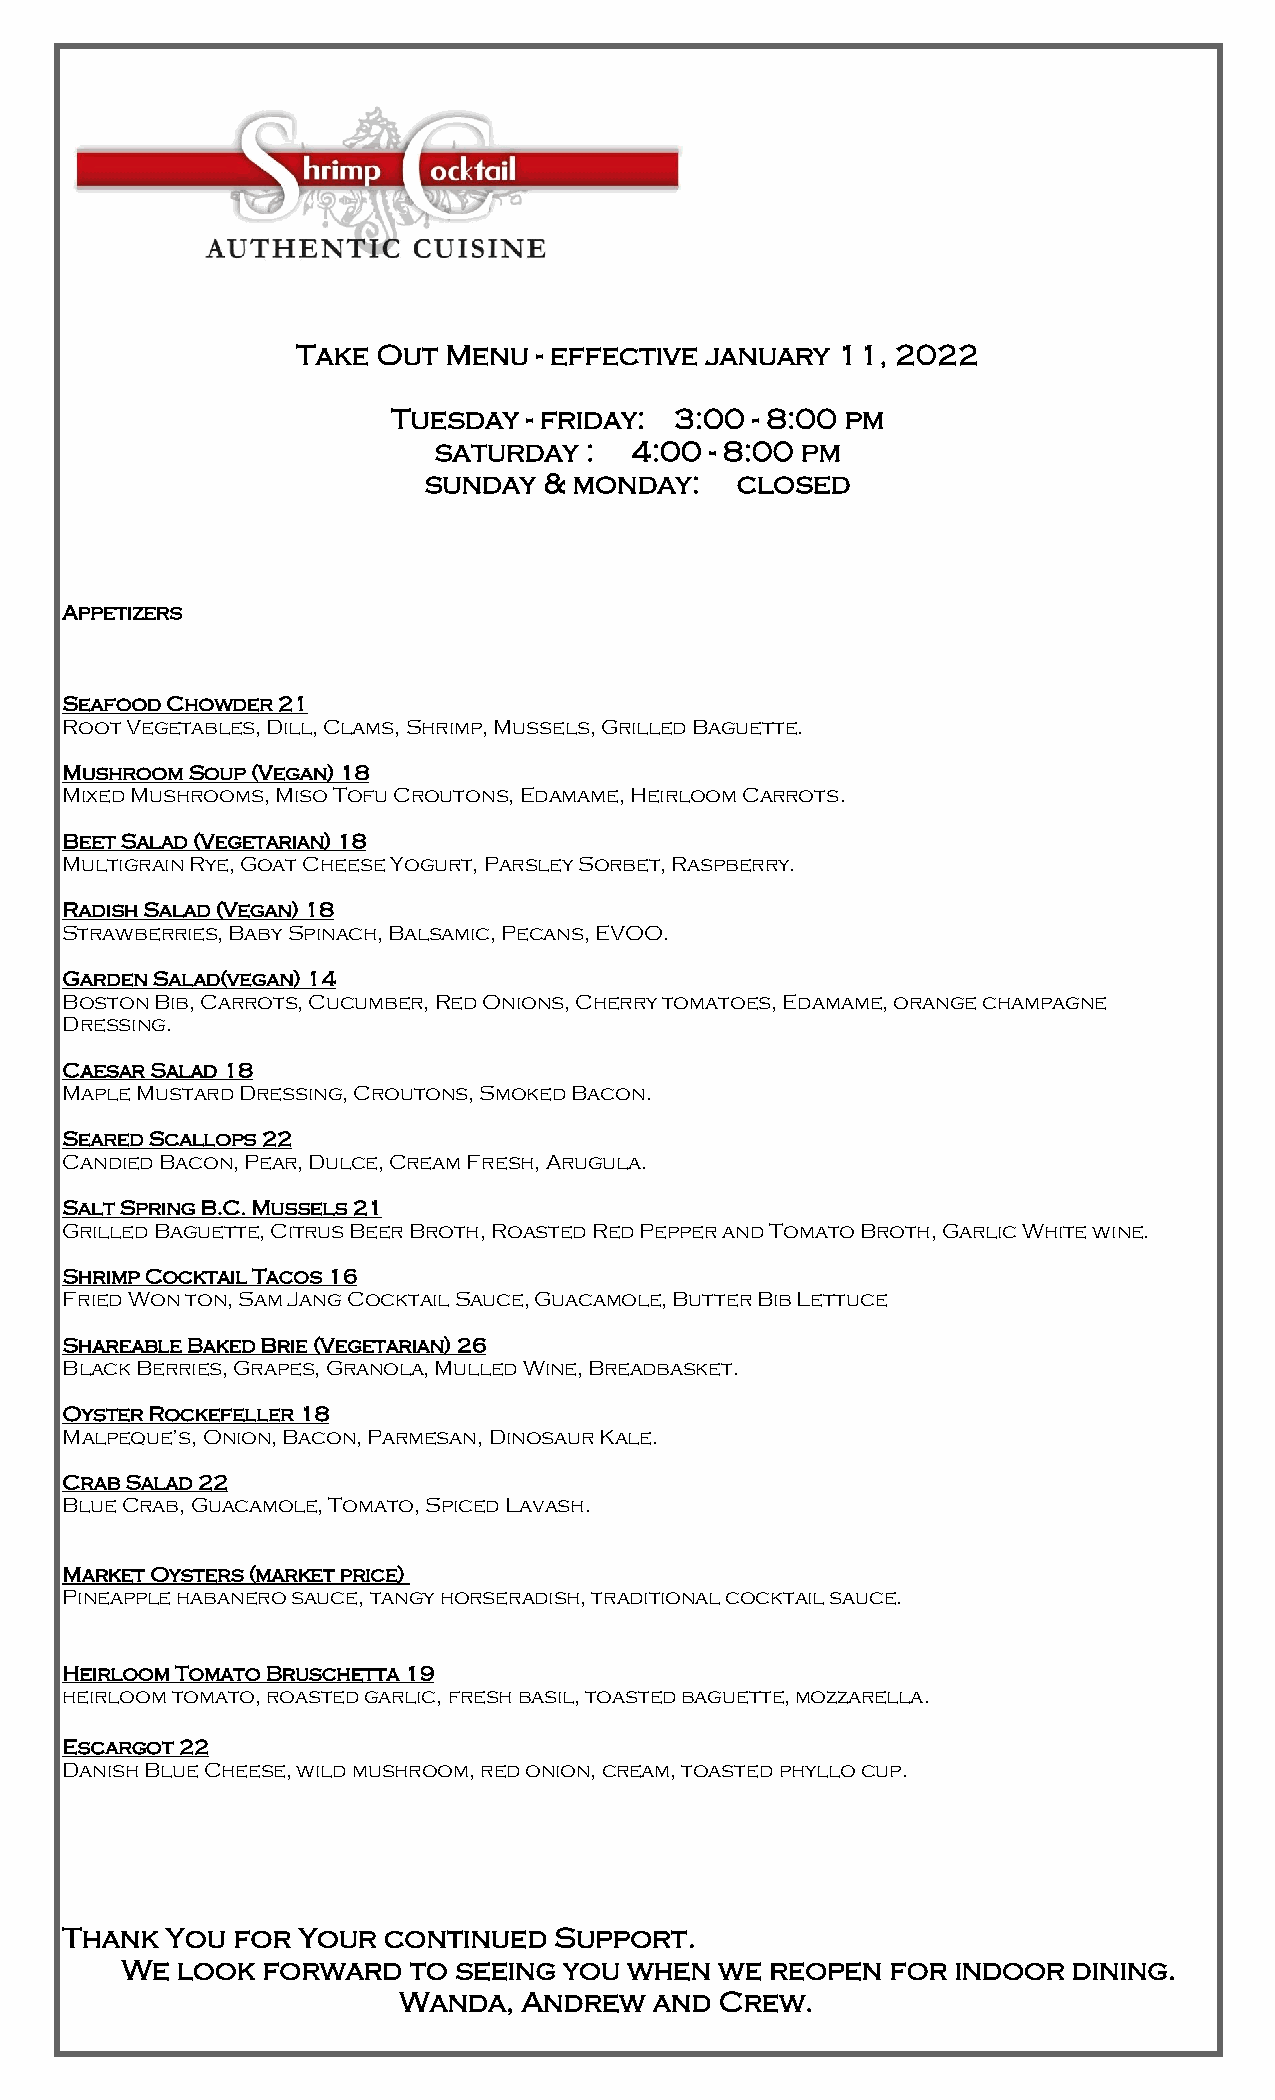
3:30
 Take Out Menu   - effective january 11, 2022
 Tuesday  - friday: 3:00 - 8:00 pm
 saturday  :  4:00 - 8:00 pm
 sunday  & monday:    closed
 Appetizers
 Seafood Chowder 21
 Root Vegetables, Dill, Clams, Shrimp, Mussels, Grilled Baguette.
 Mushroom Soup (Vegan) 18
 Mixed Mushrooms, Miso Tofu Croutons, Edamame, Heirloom Carrots.
 Beet Salad (Vegetarian) 18
 Multigrain Rye, Goat Cheese Yogurt, Parsley Sorbet, Raspberry.
 Radish Salad (Vegan) 18
 Strawberries, Baby Spinach, Balsamic, Pecans, EVOO.
 Garden Salad(vegan) 14
 Boston Bib, Carrots, Cucumber, Red Onions, Cherry tomatoes, Edamame, orange champagne
 Dressing.
 Caesar Salad 18
 Maple Mustard Dressing, Croutons, Smoked Bacon.
 Seared Scallops 22
 Candied Bacon, Pear, Dulce, Cream Fresh, Arugula.
 Salt Spring B.C. Mussels 21
 Grilled Baguette, Citrus Beer Broth, Roasted Red Pepper and Tomato Broth, Garlic White wine.
 Shrimp Cocktail Tacos 16
 Fried Won ton, Sam Jang Cocktail Sauce, Guacamole, Butter Bib Lettuce
 Shareable Baked Brie (Vegetarian) 26
 Black Berries, Grapes, Granola, Mulled Wine, Breadbasket.
 Oyster Rockefeller 18
 Malpeque’s, Onion, Bacon, Parmesan, Dinosaur Kale.
 Crab Salad 22
 Blue Crab, Guacamole, Tomato, Spiced Lavash.
 Market Oysters (market price)
 Pineapple habanero sauce, tangy horseradish, traditional cocktail sauce.
 Heirloom Tomato Bruschetta 19
 heirloom tomato, roasted garlic, fresh basil, toasted baguette, mozzarella.
 Escargot 22
 Danish Blue Cheese, wild mushroom, red onion, cream, toasted phyllo cup.
 Thank  You for  Your continued   Support.
 We  look forward   to seeing you  when  we reopen  for indoor  dining.
 Wanda,   Andrew  and  Crew.